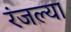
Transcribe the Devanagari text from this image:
रंजल्या